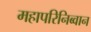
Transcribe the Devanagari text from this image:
महापरिनिब्वान